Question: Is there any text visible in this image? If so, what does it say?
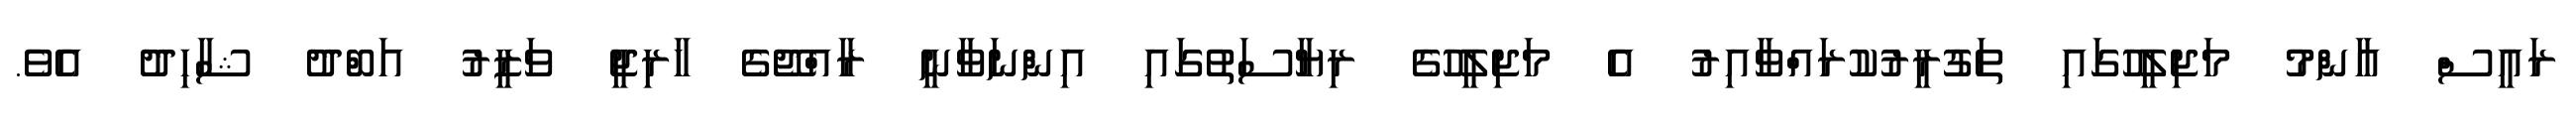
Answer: ރައީސް އާންމު މަޖިލީހުގައި ތަގުރީރުކުރައްވާއިރު އެ މަޖިލީހުގެ ރިޔާސަތުގައި އިންނަވާނީ ރާއްޖޭގެ ހާރިޖީ ވަޒީރު އަބްދު ޝާހިދު އެވެ.